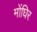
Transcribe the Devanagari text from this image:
मोंघिर